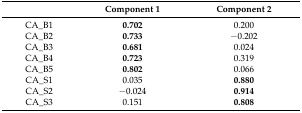
|  | Component 1 | Component 2 |
 | --- | --- | --- |
 | CA_B1 | 0.702 | 0.200 |
 | CA_B2 | 0.733 | −0.202 |
 | CA_B3 | 0.681 | 0.024 |
 | CA_B4 | 0.723 | 0.319 |
 | CA_B5 | 0.802 | 0.066 |
 | CA_S1 | 0.035 | 0.880 |
 | CA_S2 | −0.024 | 0.914 |
 | CA_S3 | 0.151 | 0.808 |